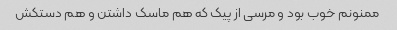
ممنونم خوب بود و مرسی از پیک که هم ماسک داشتن و هم دستکش